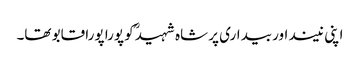
اپنی نیند اور بیداری پر شاہ شہیدؒ کو پورا پورا قابو تھا۔